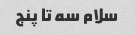
سلام سه تا پنج